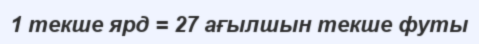
1 текше ярд = 27 ағылшын текше футы